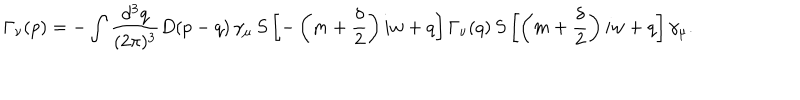
\Gamma _ { \nu } ( p ) = - \int \frac { d ^ { 3 } q } { ( 2 \pi ) ^ { 3 } } D ( p - q ) \, \gamma _ { \mu } \, S \left[ - \left( m + \frac { \delta } { 2 } \right) i w + q \right] \Gamma _ { \nu } ( q ) \, S \left[ \left( m + \frac { \delta } { 2 } \right) i w + q \right] \gamma _ { \mu } .